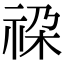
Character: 𮁳